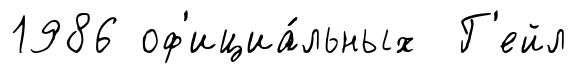
1986 оф'ициа́льных Г'ейл